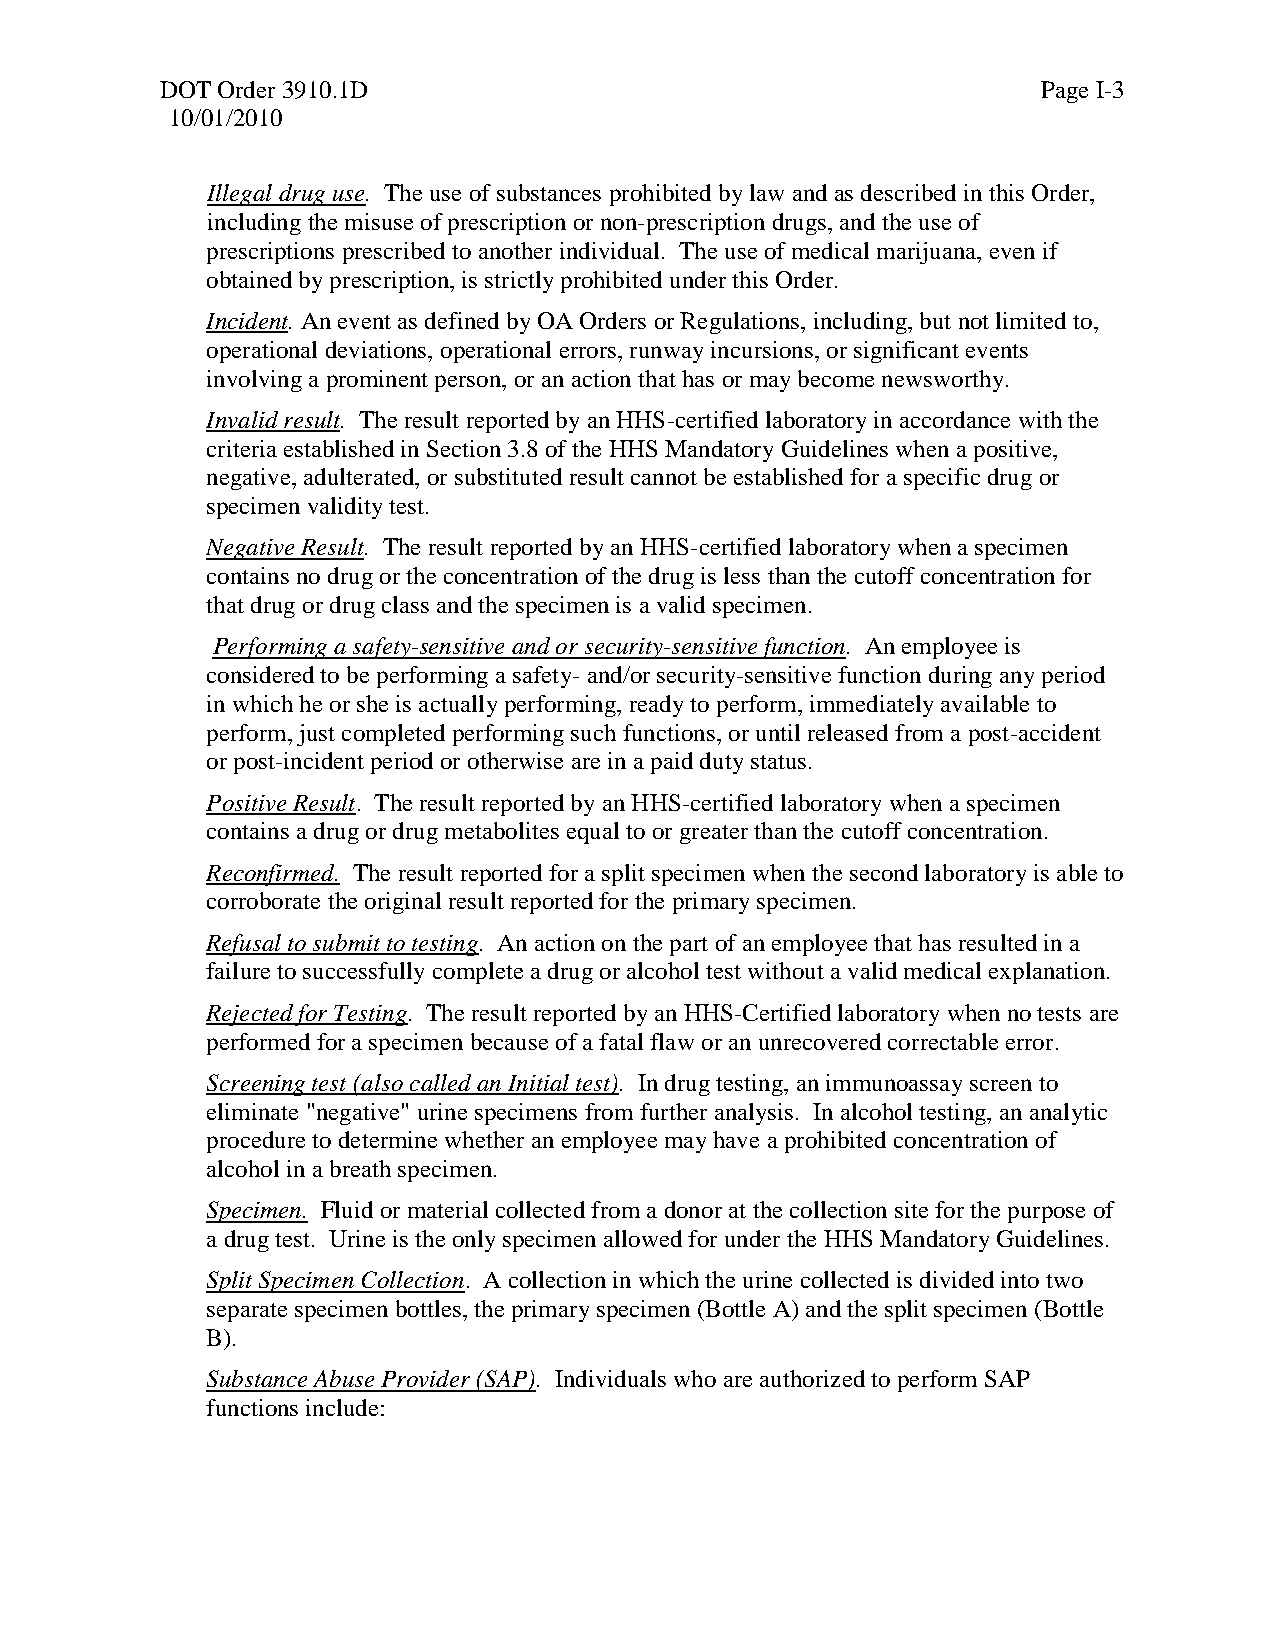
DOT Order 3910.1D                                         Page I-3
 10/01/2010
 Illegal drug use. The use of substances prohibited by law and as described in this Order,
 including the misuse of prescription or non-prescription drugs, and the use of
 prescriptions prescribed to another individual. The use of medical marijuana, even if
 obtained by prescription, is strictly prohibited under this Order.
 Incident. An event as defined by OA Orders or Regulations, including, but not limited to,
 operational deviations, operational errors, runway incursions, or significant events
 involving a prominent person, or an action that has or may become newsworthy.
 Invalid result. The result reported by an HHS-certified laboratory in accordance with the
 criteria established in Section 3.8 of the HHS Mandatory Guidelines when a positive,
 negative, adulterated, or substituted result cannot be established for a specific drug or
 specimen validity test.
 Negative Result. The result reported by an HHS-certified laboratory when a specimen
 contains no drug or the concentration of the drug is less than the cutoff concentration for
 that drug or drug class and the specimen is a valid specimen.
 Performing a safety-sensitive and or security-sensitive function. An employee is
 considered to be performing a safety- and/or security-sensitive function during any period
 in which he or she is actually performing, ready to perform, immediately available to
 perform, just completed performing such functions, or until released from a post-accident
 or post-incident period or otherwise are in a paid duty status.
 Positive Result. The result reported by an HHS-certified laboratory when a specimen
 contains a drug or drug metabolites equal to or greater than the cutoff concentration.
 Reconfirmed. The result reported for a split specimen when the second laboratory is able to
 corroborate the original result reported for the primary specimen.
 Refusal to submit to testing. An action on the part of an employee that has resulted in a
 failure to successfully complete a drug or alcohol test without a valid medical explanation.
 Rejected for Testing. The result reported by an HHS-Certified laboratory when no tests are
 performed for a specimen because of a fatal flaw or an unrecovered correctable error.
 Screening test (also called an Initial test). In drug testing, an immunoassay screen to
 eliminate "negative" urine specimens from further analysis. In alcohol testing, an analytic
 procedure to determine whether an employee may have a prohibited concentration of
 alcohol in a breath specimen.
 Specimen. Fluid or material collected from a donor at the collection site for the purpose of
 a drug test. Urine is the only specimen allowed for under the HHS Mandatory Guidelines.
 Split Specimen Collection. A collection in which the urine collected is divided into two
 separate specimen bottles, the primary specimen (Bottle A) and the split specimen (Bottle
 B).
 Substance Abuse Provider (SAP). Individuals who are authorized to perform SAP
 functions include: